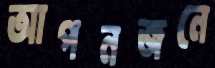
আপনজনে